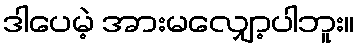
ဒါပေမဲ့ အားမလျှော့ပါဘူး။